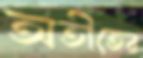
অতীতের